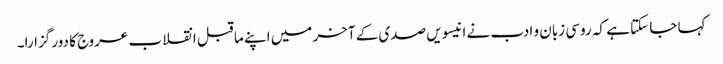
کہا جا سکتا ہے کہ روسی زبان و ادب نے انیسویں صدی کے آخر میں اپنے ما قبل انقلاب عروج کا دور گزارا۔